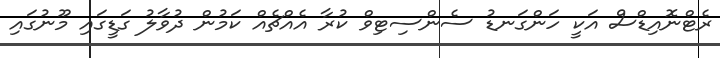
ރެޓްނޮއިޑްސް އަކީ ހަންގަނޑު ސެންސިޓިވް ކުރާ އެއްޗެއް ކަމުން ދުވާލު ގަޑީގައި މޫނުގައި